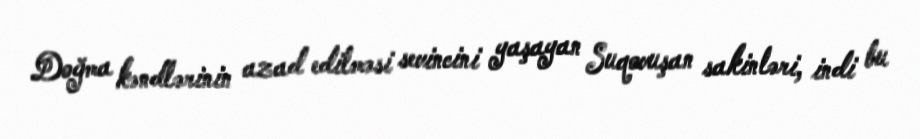
Doğma kəndlərinin azad edilməsi sevincini yaşayan Suqovuşan sakinləri, indi bu